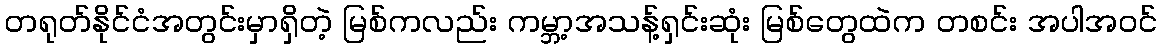
တရုတ်နိုင်ငံအတွင်းမှာရှိတဲ့ မြစ်ကလည်း ကမ္ဘာ့အသန့်ရှင်းဆုံး မြစ်တွေထဲက တစင်း အပါအဝင်